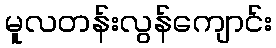
မူလတန်းလွန်ကျောင်း